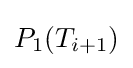
P_{1}(T_{i+1})